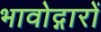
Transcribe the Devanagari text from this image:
भावोद्गारों